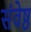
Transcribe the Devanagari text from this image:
संवेष्ठ